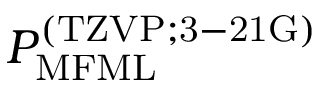
P _ { \mathrm { M F M L } } ^ { \mathrm { ( T Z V P ; 3 - 2 1 G ) } }